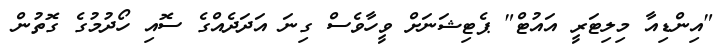
"އިންޑިއާ މިލިޓަރީ އައުޓް" ޕެޓިޝަނަށް ވީހާވެސް ގިނަ އަދަދެއްގެ ސޮއި ހޯދުމުގެ ގޮތުން